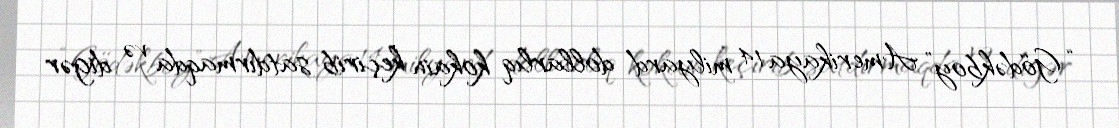
“Gödəkboy” Amerikaya 14 milyard dollarlıq kokain keçirib satdırmaqda və digər